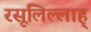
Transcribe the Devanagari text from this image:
रसूलिल्लाह्